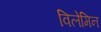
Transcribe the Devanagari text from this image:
विलेमिन